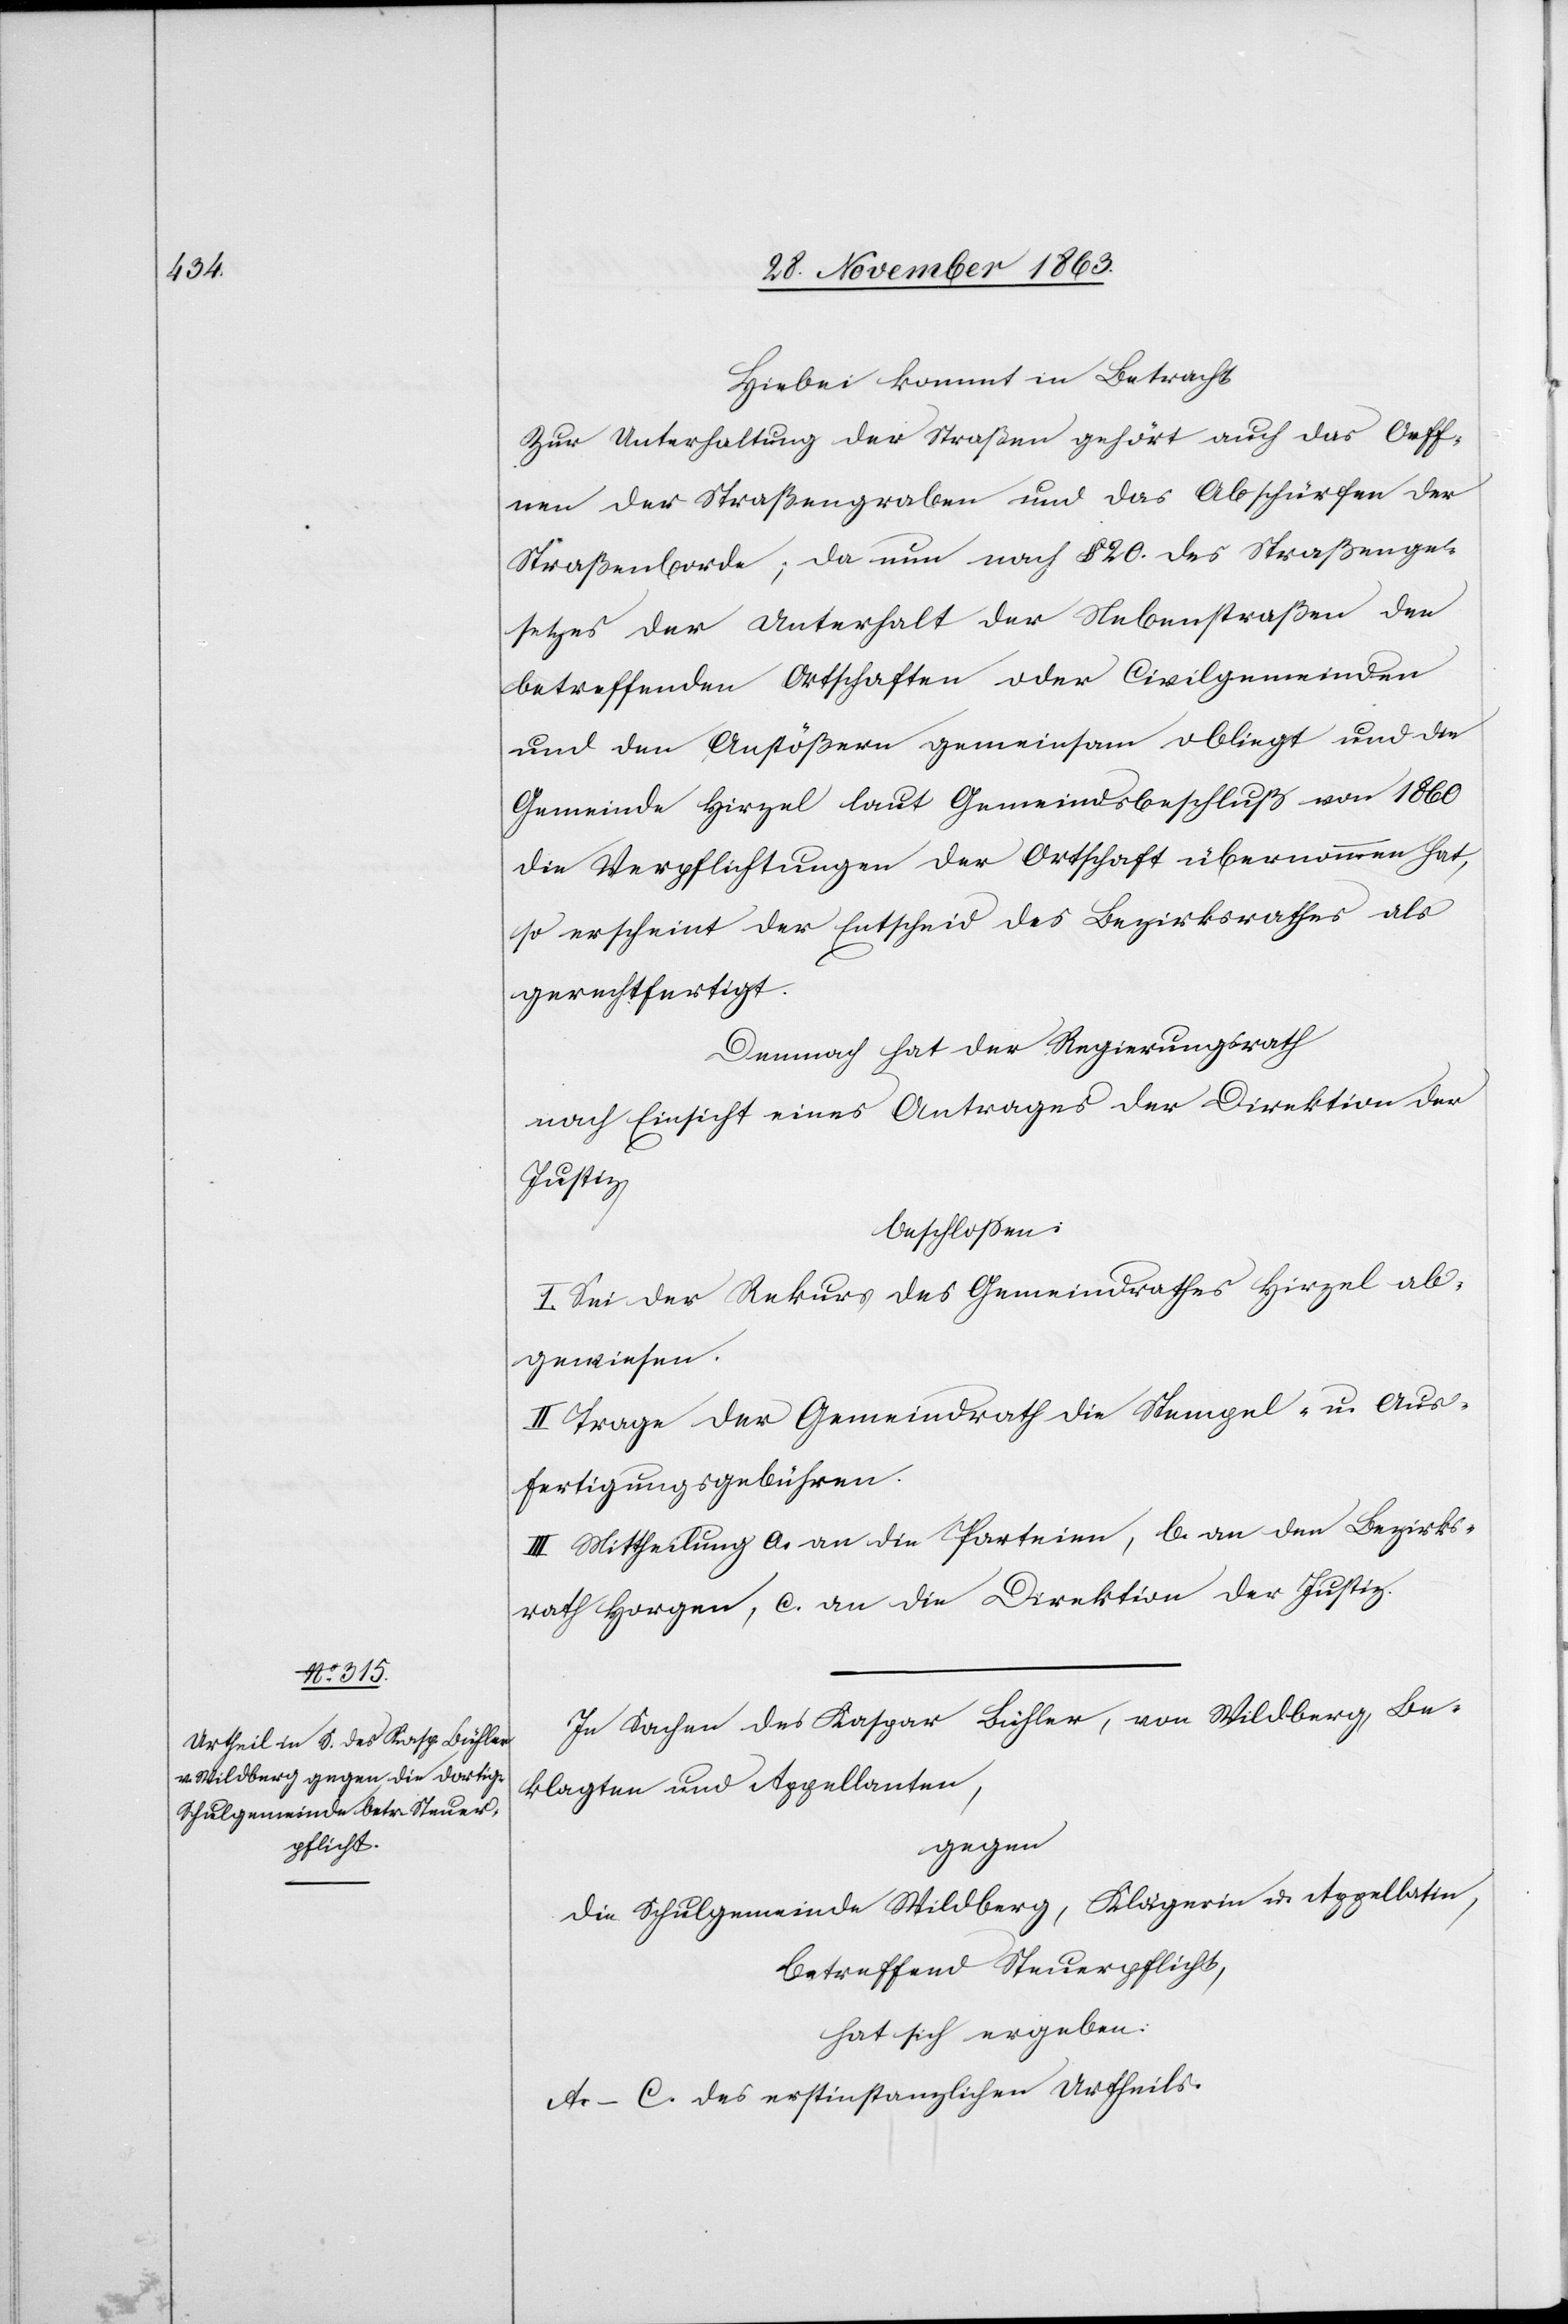
Hiebei kommt in Betracht
Zur Unterhaltung der Straßen gehört auch das Oeff¬
nen der Straßengraben und das Abschürfen der
Straßenborde; da nun nach § 20. des Straßenge¬
setzes der Unterhalt der Nebenstraßen den
betreffenden Ortschaften oder Civilgemeinden
und den Anstößern gemeinsam obliegt und die
Gemeinde Hirzel laut Gemeindsbeschluß von 1860
die Verpflichtungen der Ortschaft übernommen hat,
so erscheint der Entscheid des Bezirksrathes als
gerechtfertigt.
Demnach hat der Regierungsrath
nach Einsicht eines Antrages der Direktion der
Justiz
beschlossen:
I. Sei der Rekurs des Gemeindrathes Hirzel ab¬
gewiesen.
II. Trage der Gemeindrath die Stempel- u. Aus¬
fertigungsgebühren.
III. Mittheilung a. an die Parteien, b. an den Bezirks¬
rath Horgen, c. an die Direktion der Justiz.
In Sachen des Kaspar Bühler, von Wildberg, Be¬
klagten und Appellanten,
gegen
die Schulgemeinde Wildberg, Klägerin u. Appellatin,
betreffend Steuerpflicht,
hat sich ergeben:
A.–C. des erstinstanzlichen Urtheils.